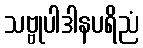
သဗ္ဗုပါဒါနပရိညံ